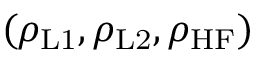
( \rho _ { \mathrm { L 1 } } , \rho _ { \mathrm { L 2 } } , \rho _ { \mathrm { H F } } )